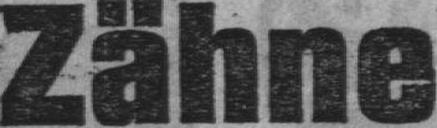
Zähne